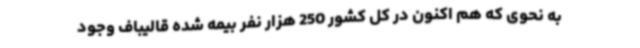
به نحوی که هم اکنون در کل کشور 250 هزار نفر بیمه شده قالیباف وجود